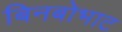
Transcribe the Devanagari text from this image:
बिनबोभाट